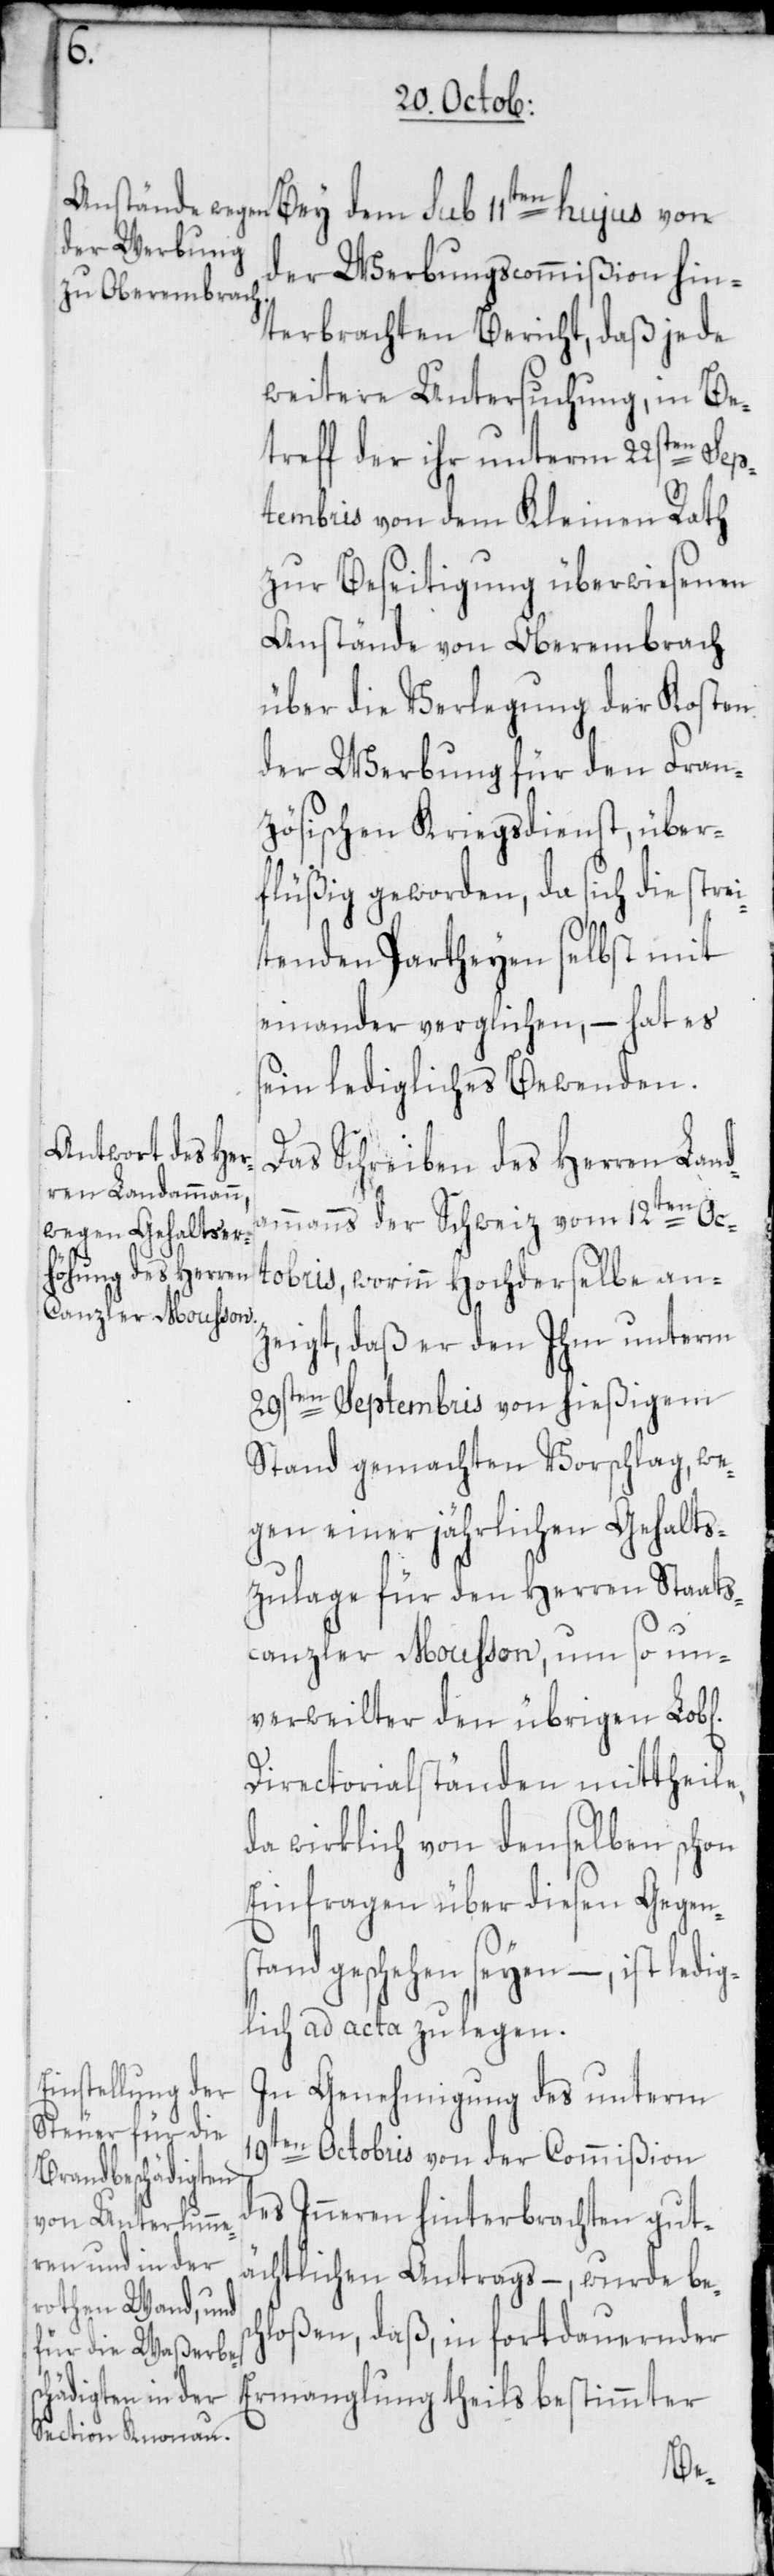
19t¬
ichen]

Bey dem sub 11ten hujus von
der Werbungscommißion hin¬
terbrachten Bericht, daß jede
weitere Untersuchung, in Be¬
treff der ihr unterm 22sten Sep¬
tembris von dem Kleinen Rath
zur Beseitigung überwiesenen
Anstände von Oberembrach
über die Verlegung der Kosten
der Werbung für den Fran¬
zösischen Kriegsdienst, über¬
flüßig geworden, da sich die stre¬
itenden Partheyen selbst mit
einander verglichen, – hat es
sein ledigliches Bewenden.
Das Schreiben des Herren Land¬
ammanns der Schweiz vom 12ten Oc¬
tobris, worinn Hochderselbe an¬
zeigt, daß er den Ihm unterm
29sten Septembris von hießigem
Stand gemachten Vorschlag, we¬
gen einer jährlichen Gehalts¬
zulage für den Herren Staats¬
canzler Mousson, um so un¬
verweilter den übrigen Lob[l¬
Directorialständen mittheile,
da wirklich von denselben schon
Einfragen über diesen Gegens¬
tand geschehen seyen, – ist ledig¬
lich ad acta zu legen.
In Genehmigung des unterm
en Octobris von der Commißion
des Inneren hinterbrachten gut¬
ächtlichen Antrags, – wurde besc¬
hloßen, daß, in fortdauernder
Ermanglung theils bestimmter